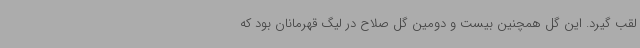
لقب گیرد. این گل همچنین بیست و دومین گل صلاح در لیگ قهرمانان بود که